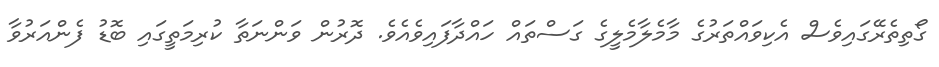
ގޯތިތެރޭގައިވެސް އެކިވައްތަރުގެ މާމެލާމެލީގެ ގަސްތައް ހައްދާފައިވެއެވެ. ދޮރުން ވަންނަތާ ކުރިމަތީގައި ބޮޑު ފެންއަރުވާ